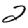
Digit: 2